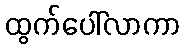
ထွက်ပေါ်လာကာ